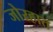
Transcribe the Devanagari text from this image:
जोरहात